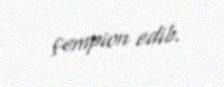
çempion edib.